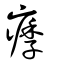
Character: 痵